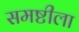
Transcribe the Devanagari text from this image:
समष्टीला